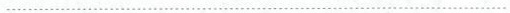
…………